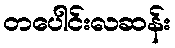
တပေါင်းလဆန်း